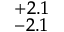
^ { + 2 . 1 } _ { - 2 . 1 }